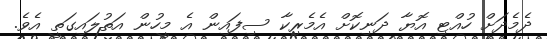
ދެމެދަށް ހުއްޓި އޮޔާ ދަނިކޮށް އެމެރިކާ ސިފައިން އެ މީހުން އަތުލައިގަތީ އެވެ.